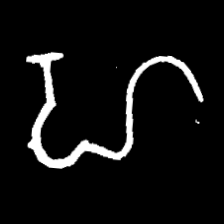
Pyu character \u2014 Myanmar letter: ဟ (romanized: ha)